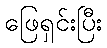
ဖြေရှင်းပြီး